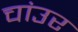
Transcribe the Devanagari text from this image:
चांउर